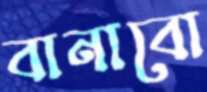
বানাবো